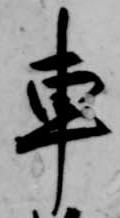
車